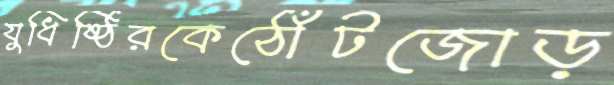
যুধিষ্ঠিরকেঠোঁটজোড়